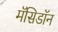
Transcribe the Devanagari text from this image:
मॅसिडॉन